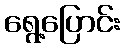
ရွေ့ပြောင်း